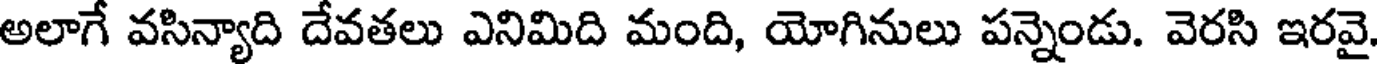
అలాగే వసిన్యాది దేవతలు ఎనిమిది మంది, యోగినులు పన్నెండు. వెరసి ఇరవై